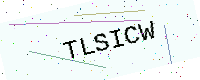
Text: TLSICW